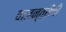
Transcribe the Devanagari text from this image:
वाजन्त्रीची